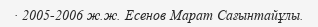
· 2005-2006 ж.ж. Есенов Марат Сағынтайұлы.